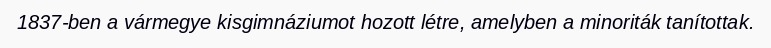
1837-ben a vármegye kisgimnáziumot hozott létre, amelyben a minoriták tanítottak.